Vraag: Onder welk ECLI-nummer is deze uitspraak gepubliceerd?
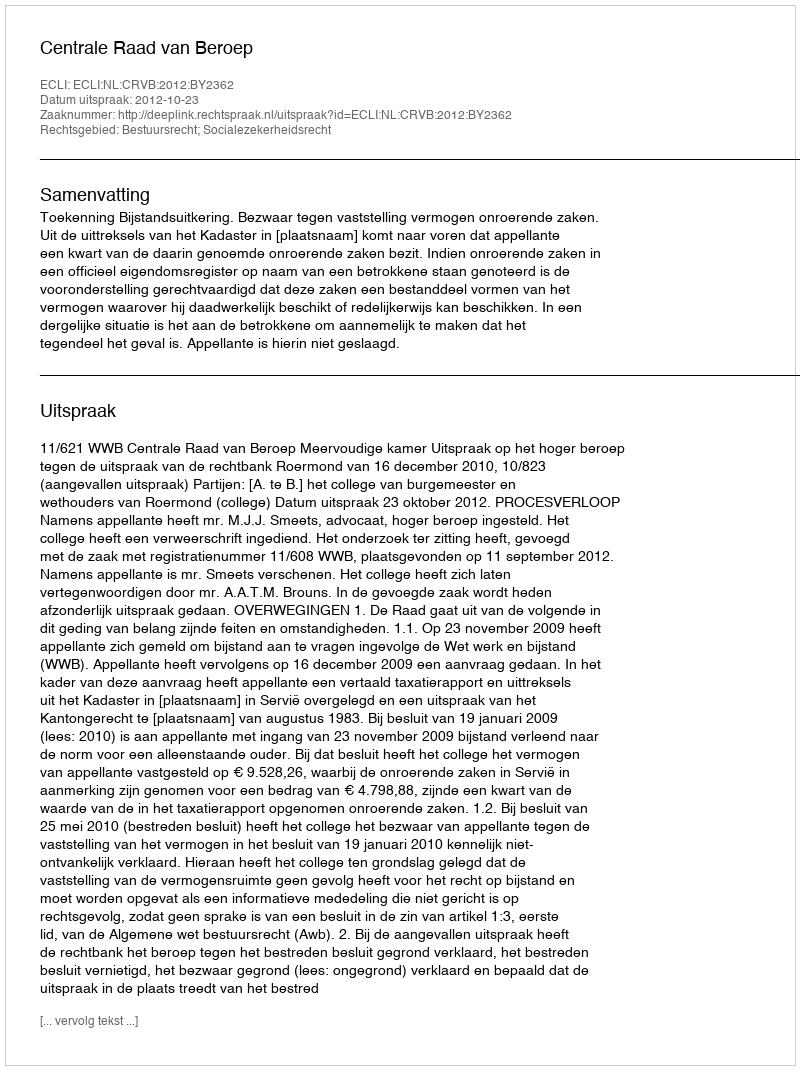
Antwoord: ECLI:NL:CRVB:2012:BY2362